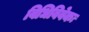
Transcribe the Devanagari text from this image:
विधिविवेकः